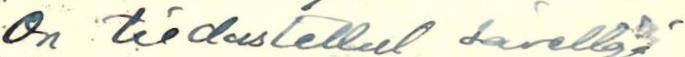
On tiedustellut säveltäjä